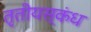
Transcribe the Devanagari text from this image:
तृतीयस्कंध